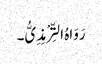
رَوَاہُ التِّرْمِذِیُّ۔